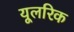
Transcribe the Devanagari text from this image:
यूलरिक